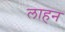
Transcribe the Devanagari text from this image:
लाहन